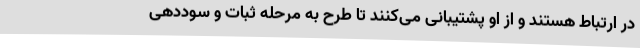
در ارتباط هستند و از او پشتیبانی می‌کنند تا طرح به مرحله ثبات و سوددهی